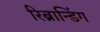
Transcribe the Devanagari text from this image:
रिब्रान्डिंग